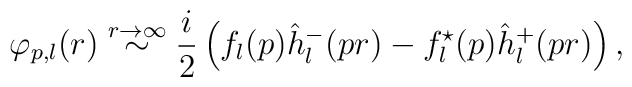
\varphi_{p,l}(r)\stackrel{r\rightarrow \infty}{\sim}  \frac i2\left( f_l(p)\hat{h}^-_l(pr)-  f^{\star}_l(p)\hat{h}^+_l(pr)\right),